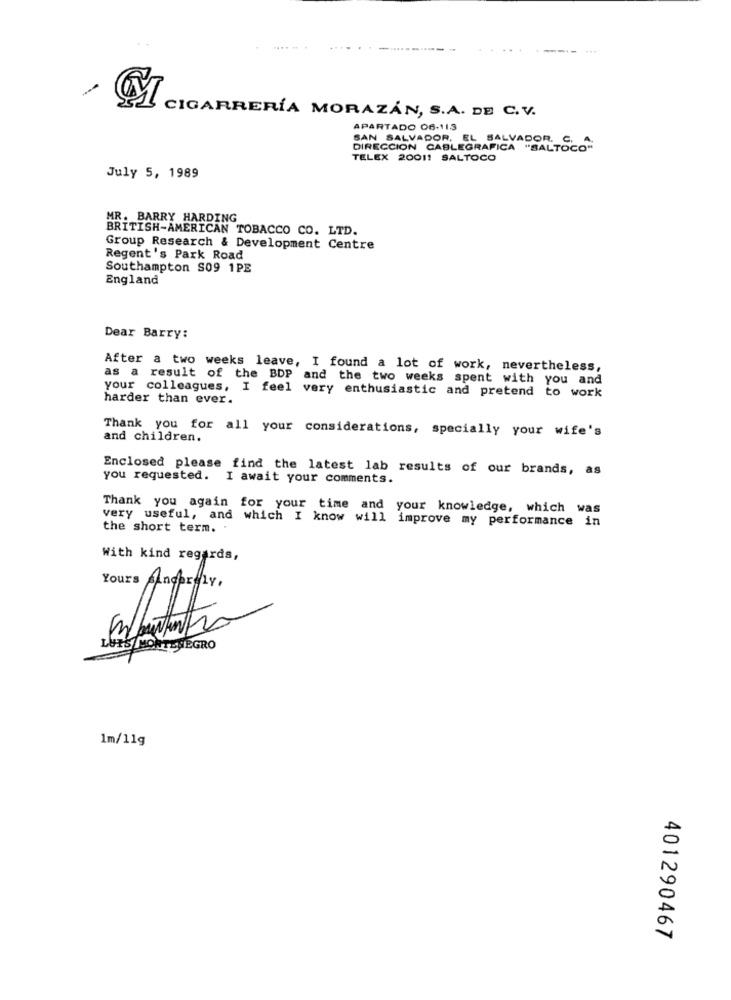
.....
CIGARRERÍA MORAZÁN, S.A. DE C. V.
APARTADO 06-113
SAN SALVADOR, EL SALVADOR. C.
DIRECCION CABLEGRAFICA "SALTOCO"
TELEX 20011 SALTOCO
July 5, 1989
MR. BARRY HARDING
BRITISH-AMERICAN TOBACCO CO. LTD.
Group Research & Development Centre
Regent's Park Road
Southampton S09 1PE
England
Dear Barry:
After a two weeks leave, I found a lot of work, nevertheless,
as a result of the BDP and the two weeks spent with you and
your colleagues, I feel very enthusiastic and pretend to work
harder than ever.
Thank you for all your considerations, specially your wife's
and children.
Enclosed please find the latest lab results of our brands, as
you requested. I await your comments.
Thank you again for your time and your knowledge, which was
very useful, and which I know will improve my performance in
the short term. .
With kind regards,
Yours Sincerely,
LUTS MONTENEGRO
1m/11g
401290467